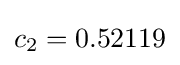
c_{2}=0.52119